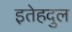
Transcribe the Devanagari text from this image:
इतेहदुल